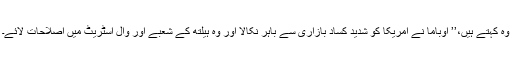
وہ کہتے ہیں،’’ اوباما نے امریکا کو شدید کساد بازاری سے باہر نکالا اور وہ ہیلتھ کے شعبے اور وال اسٹریٹ میں اصلاحات لائے۔